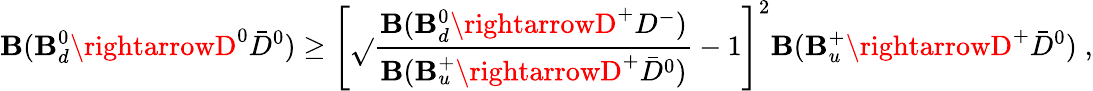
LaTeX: {\cal\mathbf{B}}(\mathbf{B}_{d}^{0}\rightarrowD^{0}\bar{{D}}^{0})\geq\left[\sqrt{}{{\frac{{{\cal\mathbf{B}}(\mathbf{B}_{d}^{0}\rightarrowD^{+}D^{-})}}{{{\cal\mathbf{B}}(\mathbf{B}_{u}^{+}\rightarrowD^{+}\bar{{D}}^{0})}}}}-1\right]^{2}{\cal\mathbf{B}}(\mathbf{B}_{u}^{+}\rightarrowD^{+}\bar{{D}}^{0})\; ,